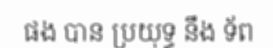
ផង បាន ប្រយុទ្ធ នឹង ទ័ព